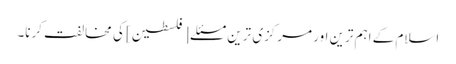
اسلام کے اہم ترین اور مرکزی ترین مسئلے [فلسطین] کی مخالفت کرنا۔